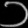
Digit: ၁